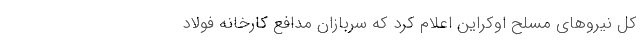
کل نیروهای مسلح اوکراین اعلام کرد که سربازان مدافع کارخانه فولاد